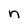
Character: n